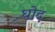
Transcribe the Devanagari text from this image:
घोद